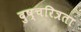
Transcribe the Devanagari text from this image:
दुष्चरित्रता